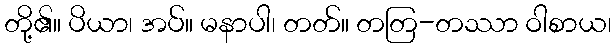
တို့၏။ ပိယာ၊ အပ်။ မနာပါ၊ တတ်။ တတြ-တဿာ ဝါစာယ၊